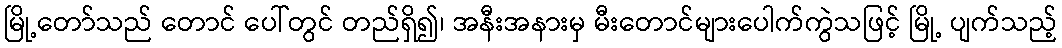
မြို့တော်သည် တောင် ပေါ်တွင် တည်ရှိ၍၊ အနီးအနားမှ မီးတောင်များပေါက်ကွဲသဖြင့် မြို့ ပျက်သည့်